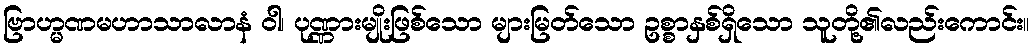
ဗြာဟ္မဏမဟာသာလာနံ ဝါ၊ ပုဏ္ဏားမျိုးဖြစ်သော များမြတ်သော ဥစ္စာနှစ်ရှိသော သူတို့၏လည်းကောင်း။